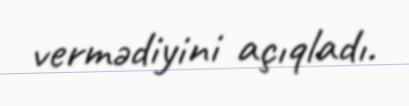
vermədiyini açıqladı.